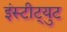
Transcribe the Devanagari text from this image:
इंस्‍टीट्युट